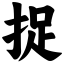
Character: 捉